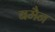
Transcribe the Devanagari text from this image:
बमैन